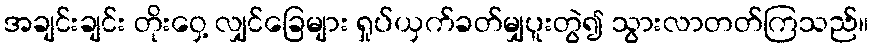
အချင်းချင်း တိုးဝှေ့ လျှင်ခြေများ ရှုပ်ယှက်ခတ်မျှပူးတွဲ၍ သွားလာတတ်ကြသည်။